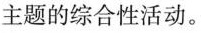
主题的综合性活动。